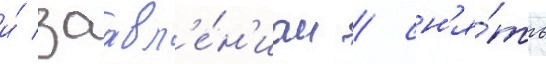
и́ заавл'е́н'иам / сн'я́ть